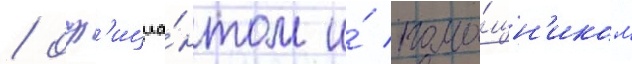
/ оф'ициа́нтом и́ помо́щн'иком